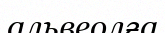
альвеолға